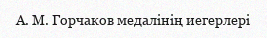
А. М. Горчаков медалінің иегерлері